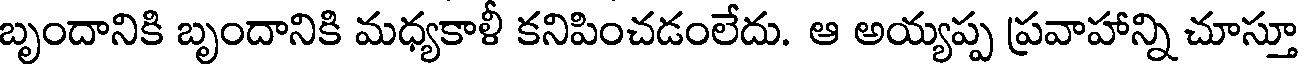
బృందానికి బృందానికి మధ్యకాళీ కనిపించడంలేదు. ఆ అయ్యప్ప ప్రవాహాన్ని చూస్తూ